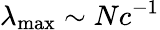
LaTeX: \lambda_{\operatorname*{max}}\sim Nc^{-1}